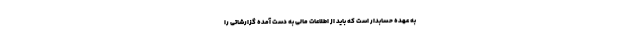
به عهده حسابدار است که باید از اطلاعات مالی به دست آمده گزارشاتی را